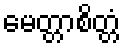
မေတ္တာစိတ္တံ